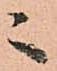
ニ